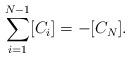
LaTeX: \begin{align*}\sum_{i=1}^{N-1}[C_i]=-[C_N].\end{align*}